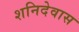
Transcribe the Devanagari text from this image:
शनिदेवास